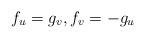
LaTeX: \begin{align*} {{f}_{u}}={{g}_{v}},{{f}_{v}}=-{{g}_{u}}\end{align*}